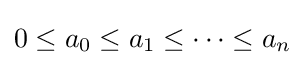
0\leq a_{0}\leq a_{1}\leq \cdots \leq a_{n}